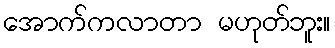
အောက်ကလာတာ မဟုတ်ဘူး။